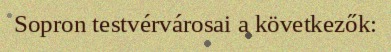
Sopron testvérvárosai a következők: